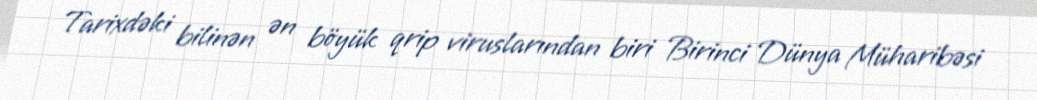
Tarixdəki bilinən ən böyük qrip viruslarından biri Birinci Dünya Müharibəsi